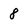
Character: 8